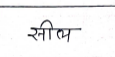
मजकूर: सील